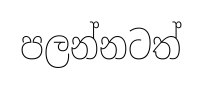
පලන්නටත්